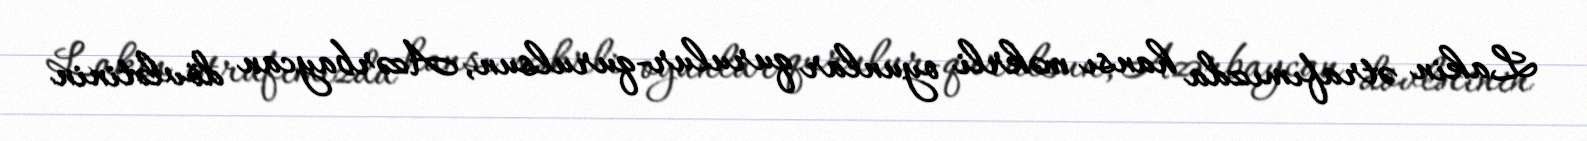
Lakin ətrafımızda hansı məkrli oyunlar qurulur-qurulsun, Azərbaycan dövlətinin